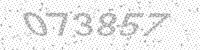
Solution: 073857